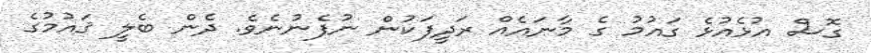
ގޮސް އުޅެއުޅެ ގައުމު ގެ މާނައެއް ރަދީފަކުން ނުފެނުނެވެ. ދެން ބެލީ ޤައުމުގެ